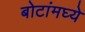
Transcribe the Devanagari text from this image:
बोटांमघ्ये